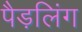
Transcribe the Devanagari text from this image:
पैड़लिंग